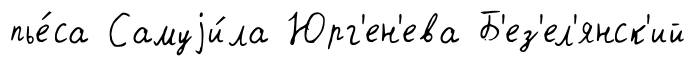
пье́са Самуjи́ла Юрг'ен'ева Б'ез'ел'янск'ий